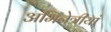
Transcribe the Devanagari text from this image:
अभिनेत्रीयां